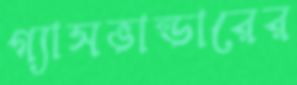
গ্যাসভান্ডারের